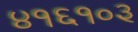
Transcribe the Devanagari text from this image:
४१६१०३